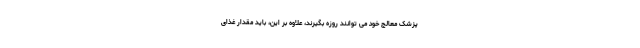
پزشک معالج خود می توانند روزه بگیرند، علاوه بر این، باید مقدار غذای